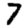
Digit: 7